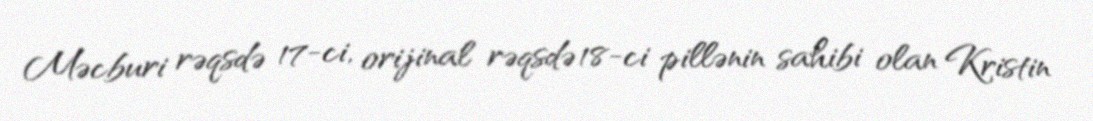
Məcburi rəqsdə 17-ci, orijinal rəqsdə 18-ci pillənin sahibi olan Kristin